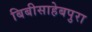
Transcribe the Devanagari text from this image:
बिबीसाहेबपुरा